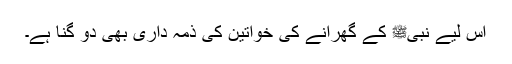
اس لیے نبیﷺ کے گھرانے کی خواتین کی ذمہ داری بھی دو گُنا ہے۔